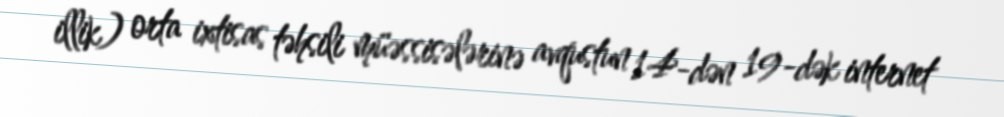
illik) orta ixtisas təhsili müəssisələrinə avqustun 14-dən 19-dək internet